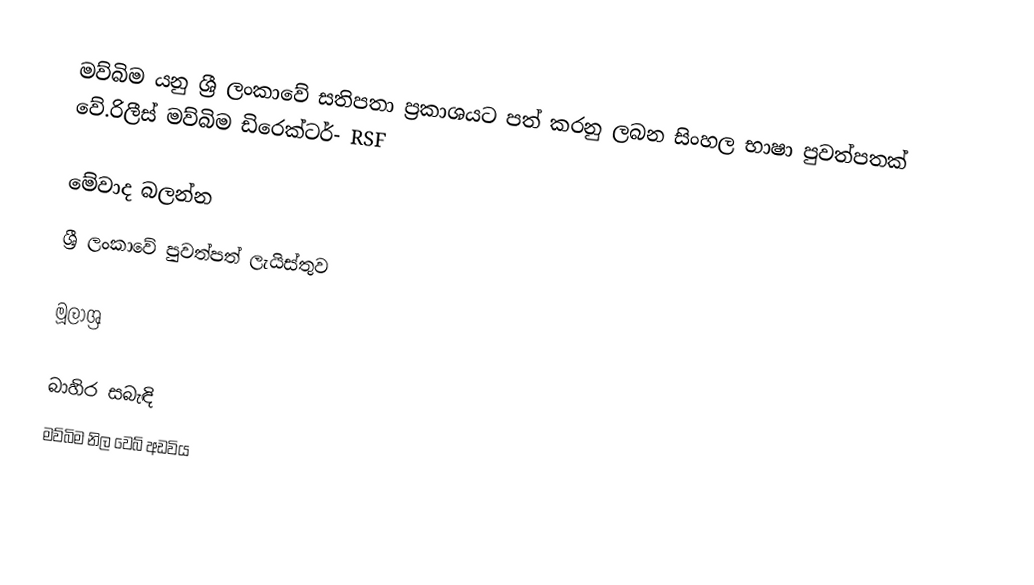
මව්බිම යනු ශ්‍රී ලංකාවේ සතිපතා ප්‍රකාශයට පත් කරනු ලබන සිංහල භාෂා පුවත්පතක් වේ.රිලීස් මව්බිම ඩිරෙක්ටර්- RSF

මේවාද බලන්න
ශ්‍රී ලංකාවේ පුවත්පත් ලැයිස්තුව

මූලාශ්‍ර

බාහිර සබැඳි
 මව්බිම නිල වෙබ් අඩවිය